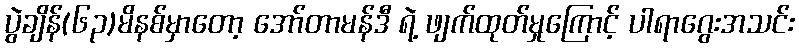
ပွဲချိန်(၆၃)မိနစ်မှာတော့ အော်တာမန်ဒီ ရဲ့ ဖျက်ထုတ်မှုကြောင့် ပါရာဂွေးအသင်း